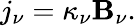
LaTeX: j_{\nu}=\kappa_{\nu}\mathbf{B}_{\nu}.